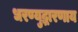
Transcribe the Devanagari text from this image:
धरण्युद्धारणाय